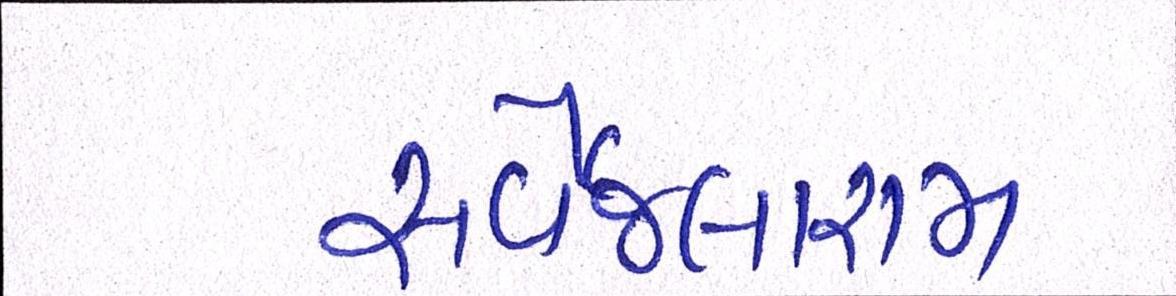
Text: સર્વેજલારામ